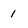
Character: 1